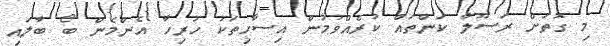
މި ގޮތަށް ރަސޫލާ ކަންތައް ކުރެއްވުމުން އިސާހިތަކު ހުރިހާ އެންމެން ބޯ ބާލައި